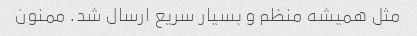
مثل همیشه منظم و بسیار سریع ارسال شد. ممنون